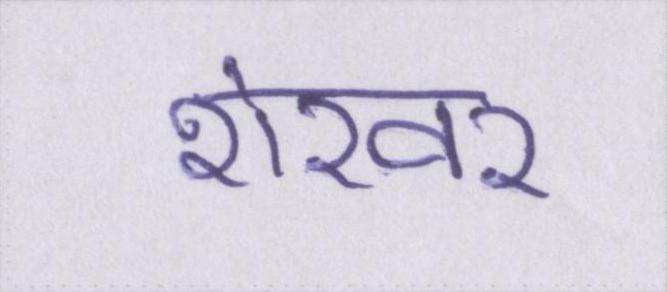
शेखर